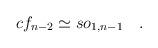
LaTeX: \begin{align*}cf_{n-2}\simeq so_{1,n-1}\quad .\end{align*}